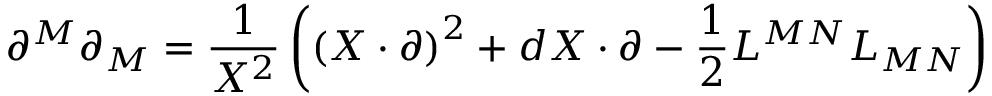
\partial ^ { M } \partial _ { M } = \frac { 1 } { X ^ { 2 } } \left( \left( X \cdot \partial \right) ^ { 2 } + d X \cdot \partial - \frac { 1 } { 2 } L ^ { M N } L _ { M N } \right)